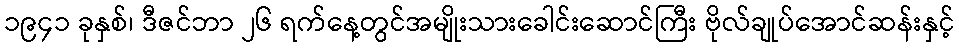
၁၉၄၁ ခုနှစ်၊ ဒီဇင်ဘာ ၂၆ ရက်နေ့တွင်အမျိုးသားခေါင်းဆောင်ကြီး ဗိုလ်ချုပ်အောင်ဆန်းနှင့်